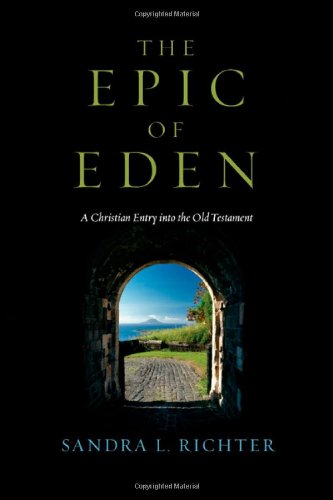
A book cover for The Epic of Eden: A Christian Entry into the Old Testament; Sandra L. Richter; History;